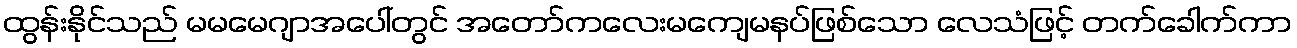
ထွန်းနိုင်သည် မမမေဂျာအပေါ်တွင် အတော်ကလေးမကျေမနပ်ဖြစ်သော လေသံဖြင့် တက်ခေါက်ကာ